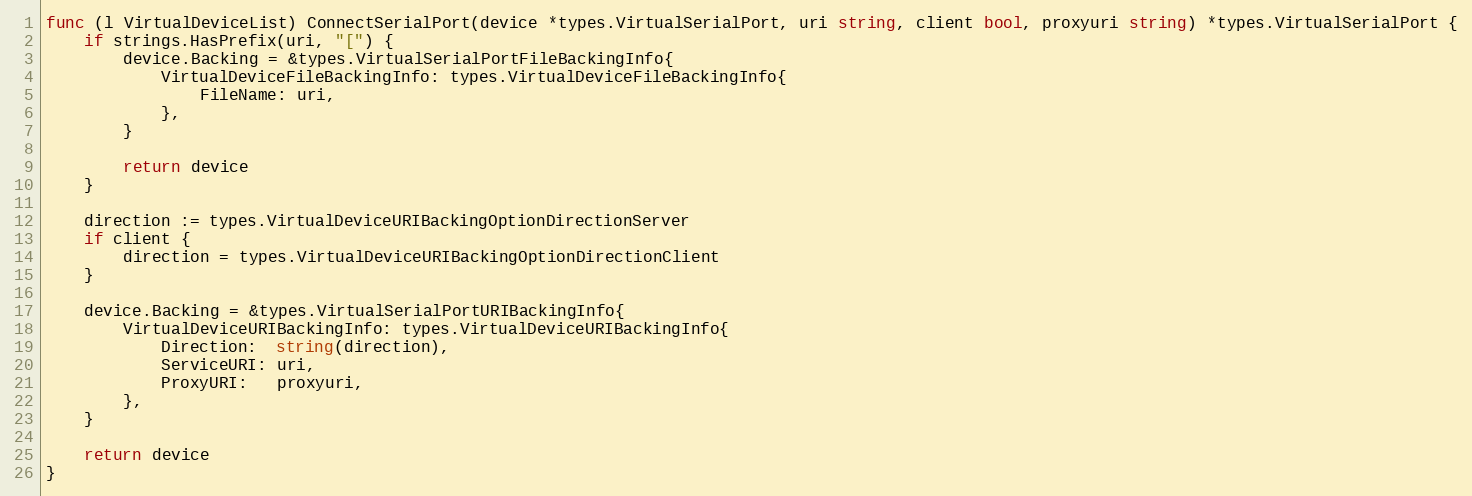
Language: Go
func (l VirtualDeviceList) ConnectSerialPort(device *types.VirtualSerialPort, uri string, client bool, proxyuri string) *types.VirtualSerialPort {
	if strings.HasPrefix(uri, "[") {
		device.Backing = &types.VirtualSerialPortFileBackingInfo{
			VirtualDeviceFileBackingInfo: types.VirtualDeviceFileBackingInfo{
				FileName: uri,
			},
		}

		return device
	}

	direction := types.VirtualDeviceURIBackingOptionDirectionServer
	if client {
		direction = types.VirtualDeviceURIBackingOptionDirectionClient
	}

	device.Backing = &types.VirtualSerialPortURIBackingInfo{
		VirtualDeviceURIBackingInfo: types.VirtualDeviceURIBackingInfo{
			Direction:  string(direction),
			ServiceURI: uri,
			ProxyURI:   proxyuri,
		},
	}

	return device
}